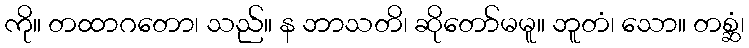
ကို။ တထာဂတော၊ သည်။ န ဘာသတိ၊ ဆိုတော်မမူ။ ဘူတံ၊ သော။ တစ္ဆံ၊